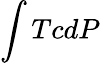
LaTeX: \int TcdP